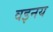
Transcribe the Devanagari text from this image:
वइनय